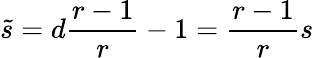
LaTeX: \tilde{s}=d\frac{r-1}{r}-1=\frac{r-1}{r}s